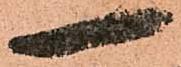
一